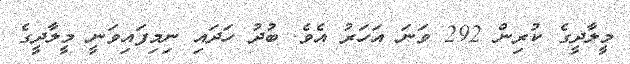
މީލާދީގެ ކުރިން 292 ވަނަ އަހަރު އެވެ. ބުދު ހަދައި ނިމިފައިވަނީ މީލާދީގެ